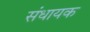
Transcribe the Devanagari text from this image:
संधायक